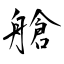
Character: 艙